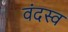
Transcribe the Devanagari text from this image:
वंदस्व